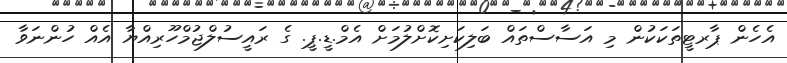
އެހެން ޕާރޓީތަކަކުން މި އަސާސްތައް ބަލިކަށިކޮށްލުމަށް އެމް.ޑީ.ޕީ. ގެ ރައީސުލްޖުމްހޫރިއްޔާ އެއް ހުންނަވާ